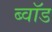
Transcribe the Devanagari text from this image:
ब्वॉड